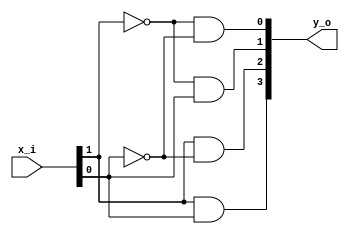
module DC1
(
  input   [1:0]  x_i,
  
  output  [3:0]  y_o
);
 
  assign y_o[0] = !x_i[1] && !x_i[0];
  assign y_o[1] = !x_i[1] &&  x_i[0];
  assign y_o[2] =  x_i[1] && !x_i[0];
  assign y_o[3] =  x_i[1] &&  x_i[0];
  
endmodule